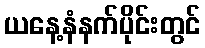
ယနေ့နံနက်ပိုင်းတွင်